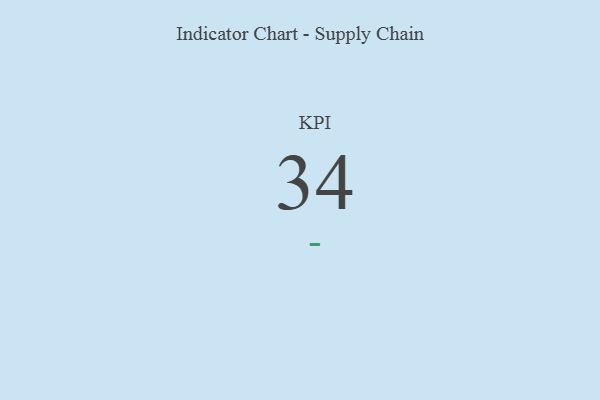
{"axis": {"x": "KPI", "y": "Value"}, "legend": [""], "data": [{"x": "KPI", "y": 34, "type": ""}]}